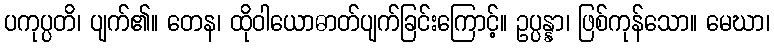
ပကုပ္ပတိ၊ ပျက်၏။ တေန၊ ထိုဝါယောဓာတ်ပျက်ခြင်းကြောင့်။ ဥပ္ပန္နာ၊ ဖြစ်ကုန်သော။ မေဃာ၊